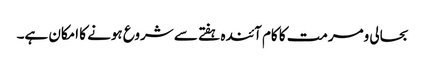
بحالی ومرمت کا کام آئندہ ہفتے سے شروع ہونے کا امکان ہے۔